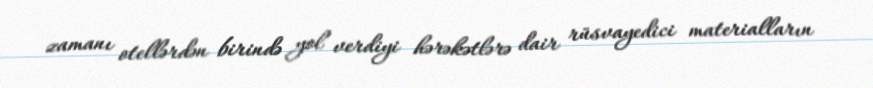
zamanı otellərdən birində yol verdiyi hərəkətlərə dair rüsvayedici materialların